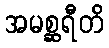
အမစ္ဆရီတိ